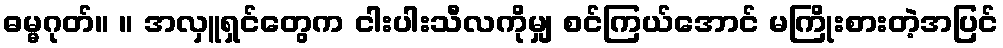
ဓမ္မဂုတ်။ ။ အလှူရှင်တွေက ငါးပါးသီလကိုမျှ စင်ကြယ်အောင် မကြိုးစားတဲ့အပြင်